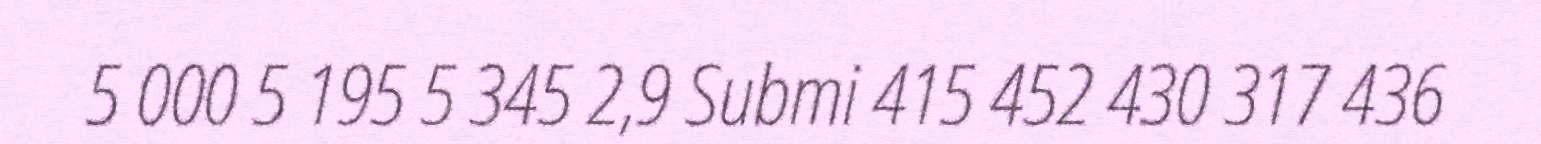
5 000 5 195 5 345 2,9 Submi 415 452 430 317 436